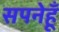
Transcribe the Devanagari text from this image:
सपनेहूँ